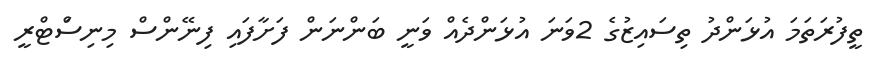
ތީފުރަތަމަ އުޅަންދު ތިސައިޒުގެ 2ވަނަ އުޅަންދެއް ވަނީ ބަންނަން ފަށާފައި ފިނޭންސް މިނިސްަޓްރީ